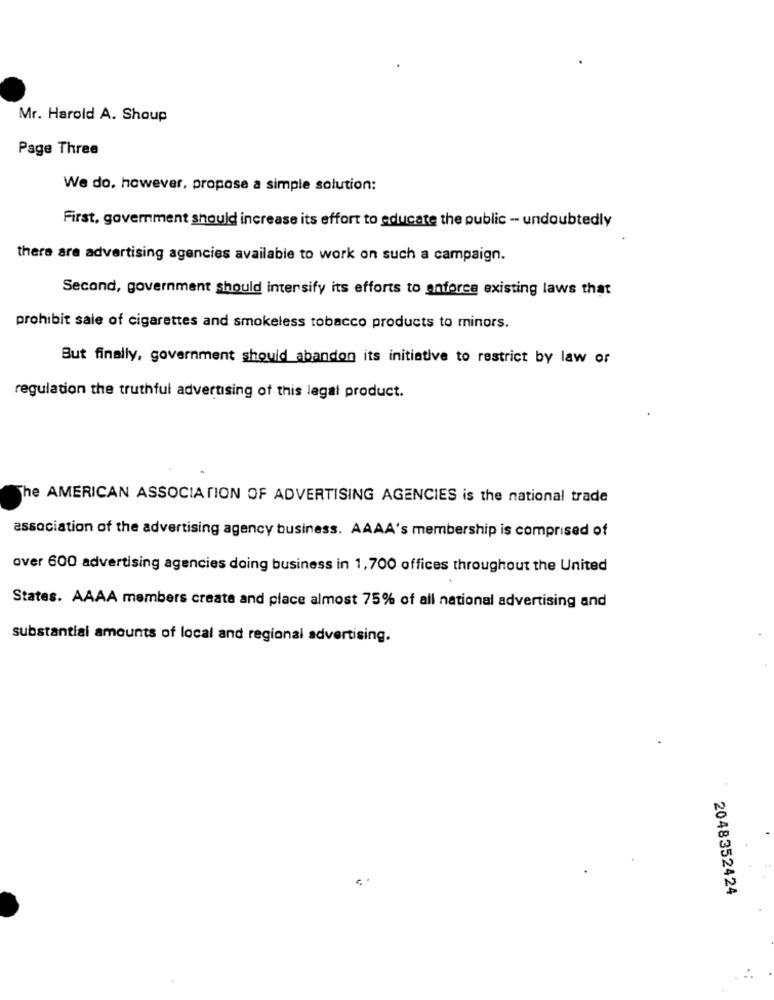
Mr. Harold A. Shoup
Page Three
We do. however, propose a simple solution:
First, government should increase its effort to educate the public - undoubtedly
there are advertising agencies available to work on such a campaign.
Second, government should intersify its efforts to enforce existing laws that
prohibit sale of cigarettes and smokeless tobacco products to minors.
But finally, government should abandon its initiative to restrict by law or
regulation the truthful advertising of this legal product.
The AMERICAN ASSOCIATION OF ADVERTISING AGENCIES is the national trade
association of the advertising agency business. AAAA's membership is comprised of
over 600 advertising agencies doing business in 1,700 offices throughout the United
States. AAAA members create and place almost 75% of all national advertising and
substantial amounts of local and regional advertising.
2048352424